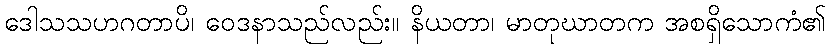
ဒေါသသဟဂတာပိ၊ ဝေဒနာသည်လည်း။ နိယတာ၊ မာတုဃာတက အစရှိသောကံ၏